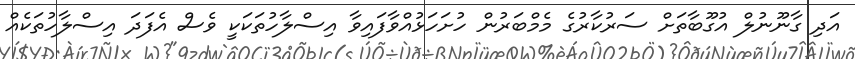
އަދި ގާނޫނުލް އުގޫބާތަށް ސަރުކާރުގެ މެމްބަރުން ހުށަހަޅުއްވާފައިވާ އިސްލާހުތަކަކީ ވެސް އެފަދަ އިސްލާހުތަކެއް